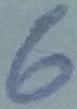
Text: 6